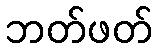
ဘတ်ဖတ်